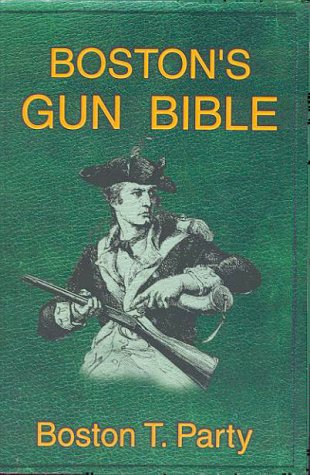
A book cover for Boston's Gun Bible; Boston T. Party; Law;